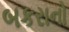
બકરાનો